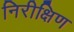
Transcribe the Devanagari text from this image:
निरीक्षिण